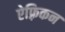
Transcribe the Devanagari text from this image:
ऐफ़्रिकन